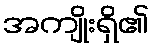
အကျိုးရှိ၏